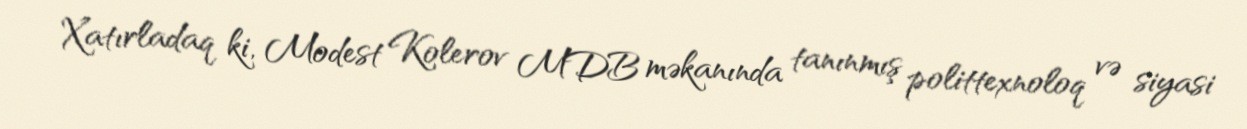
Xatırladaq ki, Modest Kolerov MDB məkanında tanınmış polittexnoloq və siyasi